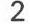
2